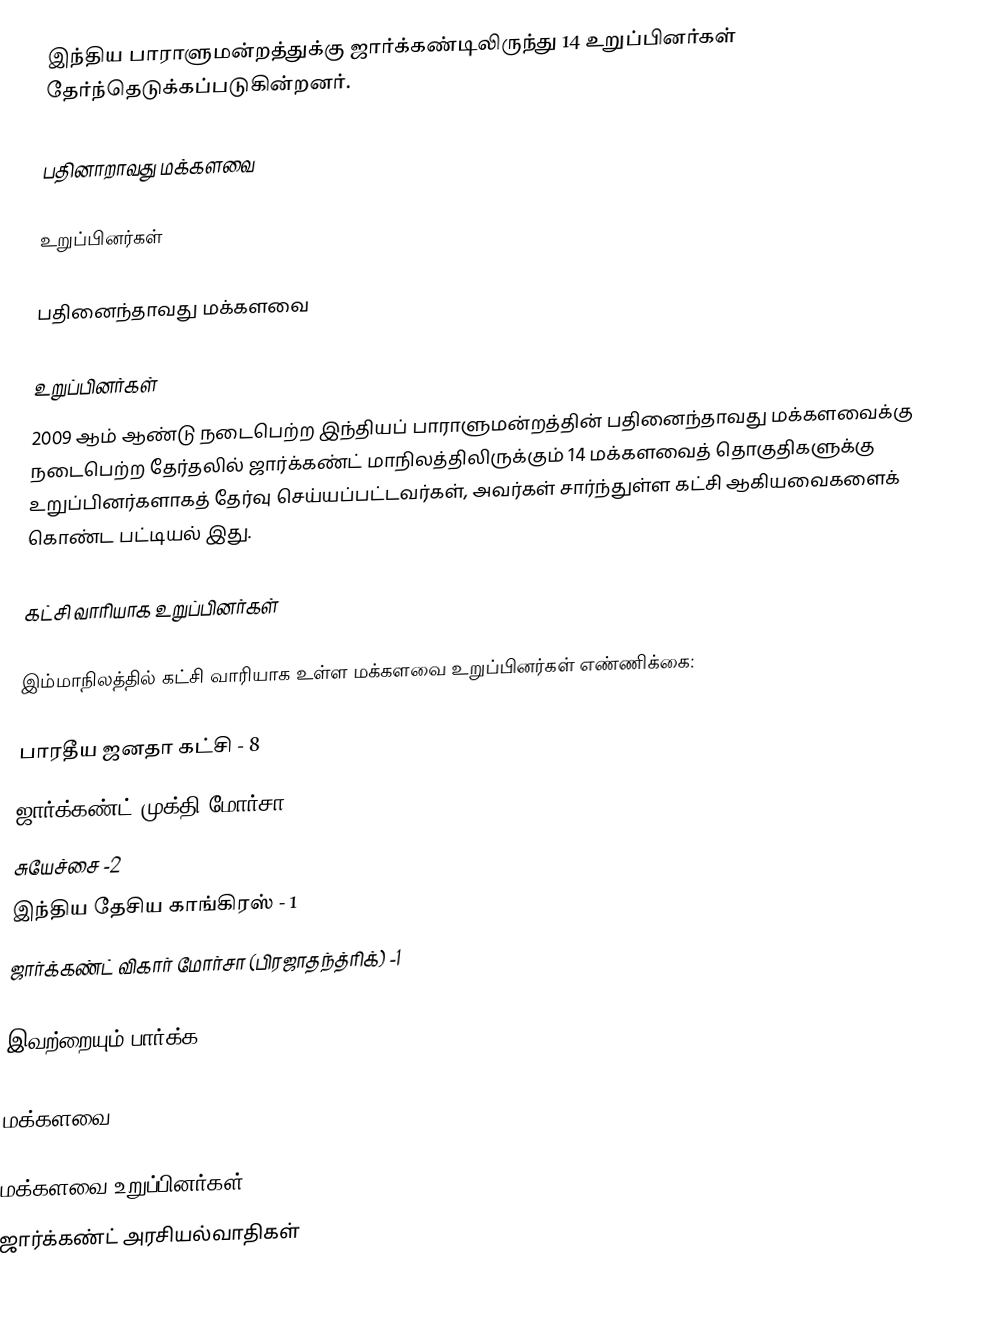
இந்திய பாராளுமன்றத்துக்கு ஜார்க்கண்டிலிருந்து 14 உறுப்பினர்கள் தேர்ந்தெடுக்கப்படுகின்றனர்.

பதினாறாவது மக்களவை

உறுப்பினர்கள்

பதினைந்தாவது மக்களவை

உறுப்பினர்கள்
2009 ஆம் ஆண்டு நடைபெற்ற இந்தியப் பாராளுமன்றத்தின் பதினைந்தாவது மக்களவைக்கு நடைபெற்ற தேர்தலில் ஜார்க்கண்ட் மாநிலத்திலிருக்கும் 14 மக்களவைத் தொகுதிகளுக்கு உறுப்பினர்களாகத் தேர்வு செய்யப்பட்டவர்கள், அவர்கள் சார்ந்துள்ள கட்சி ஆகியவைகளைக் கொண்ட பட்டியல் இது.

கட்சி வாரியாக உறுப்பினர்கள்

இம்மாநிலத்தில் கட்சி வாரியாக உள்ள மக்களவை உறுப்பினர்கள் எண்ணிக்கை:

பாரதீய ஜனதா கட்சி - 8
ஜார்க்கண்ட் முக்தி மோர்சா-2
சுயேச்சை -2
இந்திய தேசிய காங்கிரஸ் - 1
ஜார்க்கண்ட் விகார் மோர்சா (பிரஜாதந்த்ரிக்)  -1

இவற்றையும் பார்க்க

 மக்களவை

மக்களவை உறுப்பினர்கள்
ஜார்க்கண்ட் அரசியல்வாதிகள்